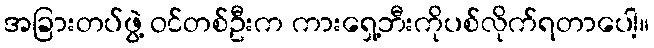
အခြားတပ်ဖွဲ့ ဝင်တစ်ဦးက ကားရှေ့ဘီးကိုပစ်လိုက်ရတာပေါ့။